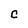
Character: C